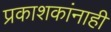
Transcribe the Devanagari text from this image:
प्रकाशकांनाही